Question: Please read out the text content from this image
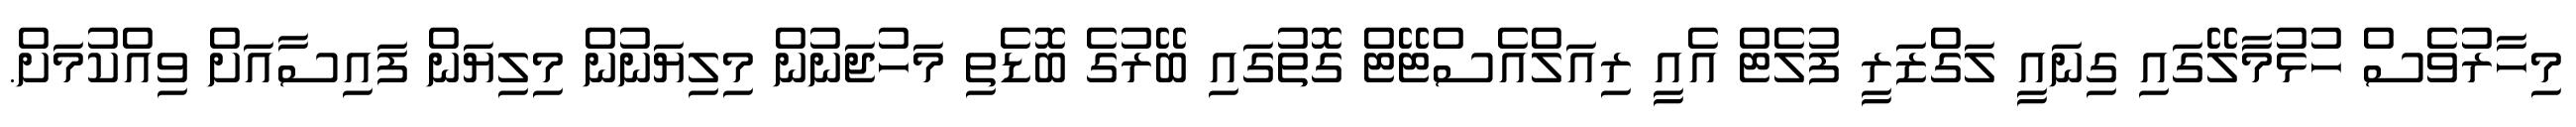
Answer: މިހާރުވެސް ހުޅުމާލޭގައި ގިނައީ ލަގްޒަރީ ފުލެޓް އެއީ ރިއަލްއެސްޓޭޓް ގޮތުގައި ބޭރުގެ ބޮޑެތި މަހުޖަނުން މިލިޔަނުން މިލިޔަން ފައިސާއަށް ވިއްކުމަށް.